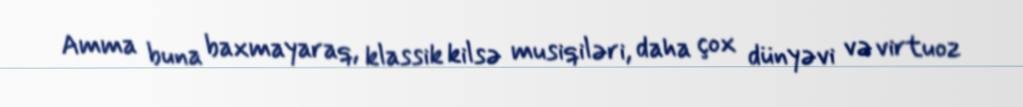
Amma buna baxmayaraq, klassik kilsə musiqiləri, daha çox dünyəvi və virtuoz